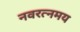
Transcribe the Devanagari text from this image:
नवरत्नमय